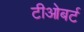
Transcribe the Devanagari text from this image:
टीओबर्ट